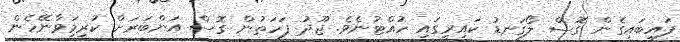
ފައިބައިގެން ގޮސް ލޯގަނޑު ކައިރީގައި ހުއްޓުނެވެ. ޖޫދު ފަހަތުން ގޮސް އަންބަރަށް ކުރިމަިވާނޭހެން